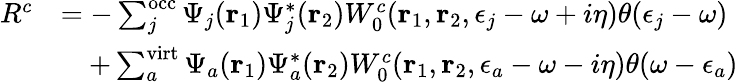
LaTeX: \begin{array}{rl}{R^{c}}&{=-\sum_{j}^{\mathrm{occ}}\Psi_{j}(\mathbf{r}_{1})\Psi_{j}^{*}(\mathbf{r}_{2})W_{0}^{c}(\mathbf{r}_{1},\mathbf{r}_{2},\epsilon_{j}-\omega+i\eta)\theta(\epsilon_{j}-\omega)}\\ &{\quad+\sum_{a}^{\mathrm{virt}}\Psi_{a}(\mathbf{r}_{1})\Psi_{a}^{*}(\mathbf{r}_{2})W_{0}^{c}(\mathbf{r}_{1},\mathbf{r}_{2},\epsilon_{a}-\omega-i\eta)\theta(\omega-\epsilon_{a})}\end{array}